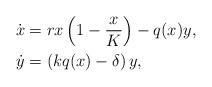
LaTeX: \begin{align*}\dot{x} &= r x \left( 1 - \frac{x}{K} \right) - q(x) y, \\\dot{y} &= \left( k q(x) - \delta \right) y,\end{align*}